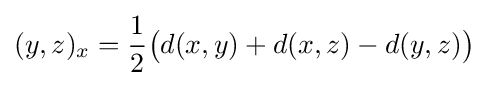
(y,z)_{x}={\frac {1}{2}}{\big (}d(x,y)+d(x,z)-d(y,z){\big )}